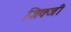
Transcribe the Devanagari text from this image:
जिक्जी